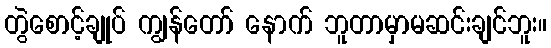
တွဲစောင့်ချုပ် ကျွန်တော် နောက် ဘူတာမှာမဆင်းချင်ဘူး။